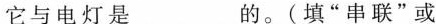
它与电灯是___的。(填”串联”或